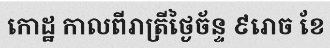
កោដ្ឋ កាលពីរាត្រីថ្ងៃច័ន្ទ ៩រោច ខែ